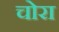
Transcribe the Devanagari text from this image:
चोरा